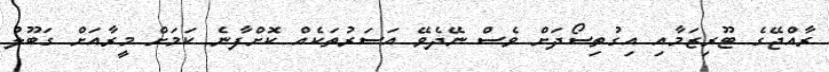
ރާއްޖޭގެ ޓޫރިޒަމާއި އިގުތިސޯދަށް ވެސް ނޭދެވޭ އަސަރުތަކެއް ކޮށްފާނެ ކަމަށް މީރާއަށް ގަބޫލު